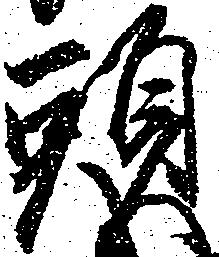
頭